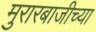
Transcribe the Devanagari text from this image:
मुरारबाजीच्या